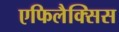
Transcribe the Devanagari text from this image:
एफिलैक्सिस